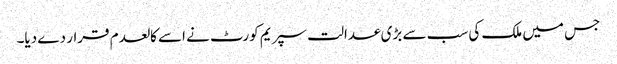
جس میں ملک کی سب سے بڑی عدالت سپریم کورٹ نے اسے کالعدم قرار دے دیا۔